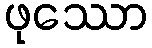
ဖုဿော